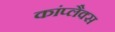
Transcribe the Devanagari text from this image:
कांप्लैक्स